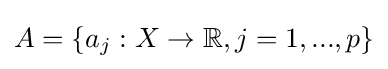
A=\{a_{j}:X\rightarrow \mathbb {R} ,j=1,...,p\}